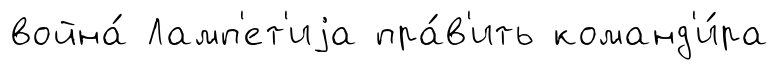
война́ Ламп'ет'иjа пра́в'ить команд'и́ра